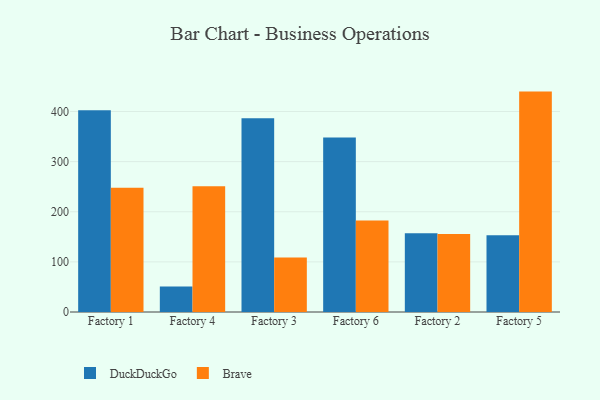
{"axis": {"x": "Factory", "y": "Budget (USD K)"}, "legend": ["Brave", "DuckDuckGo"], "data": [{"x": "Factory 1", "y": 402.6, "type": "DuckDuckGo"}, {"x": "Factory 1", "y": 248.0, "type": "Brave"}, {"x": "Factory 4", "y": 51.0, "type": "DuckDuckGo"}, {"x": "Factory 4", "y": 250.8, "type": "Brave"}, {"x": "Factory 3", "y": 386.3, "type": "DuckDuckGo"}, {"x": "Factory 3", "y": 108.9, "type": "Brave"}, {"x": "Factory 6", "y": 348.1, "type": "DuckDuckGo"}, {"x": "Factory 6", "y": 182.3, "type": "Brave"}, {"x": "Factory 2", "y": 157.0, "type": "DuckDuckGo"}, {"x": "Factory 2", "y": 155.6, "type": "Brave"}, {"x": "Factory 5", "y": 153.2, "type": "DuckDuckGo"}, {"x": "Factory 5", "y": 439.7, "type": "Brave"}]}